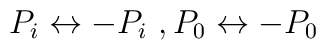
P_i \leftrightarrow - P_i\ , P_0 \leftrightarrow -P_0